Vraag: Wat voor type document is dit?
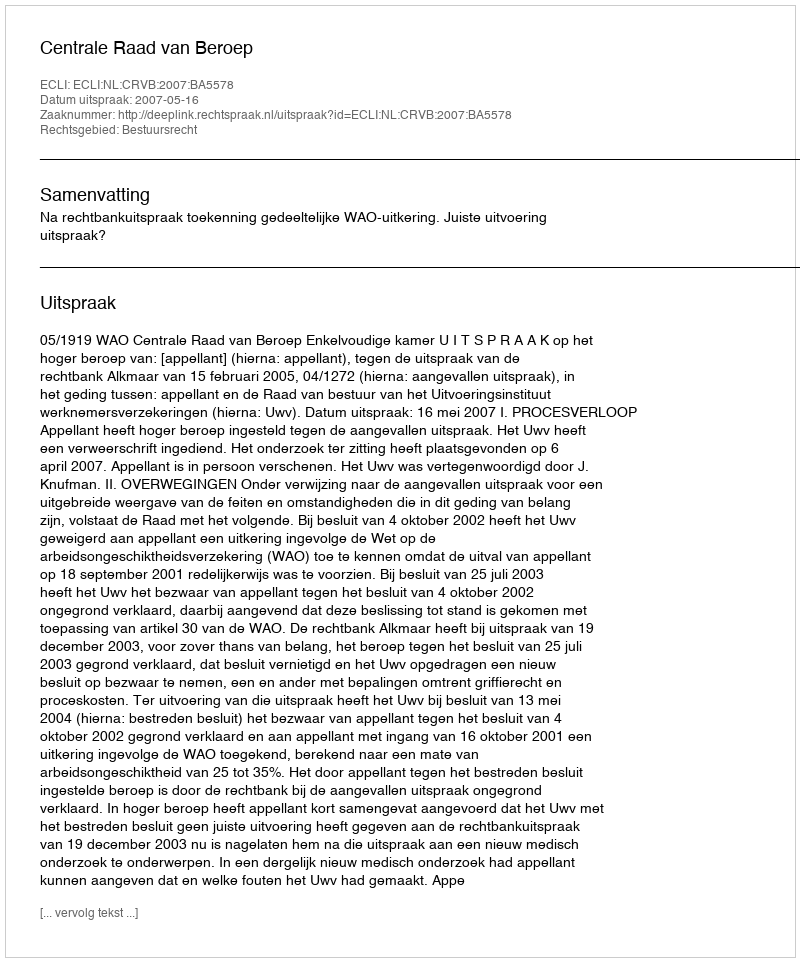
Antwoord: Uitspraak